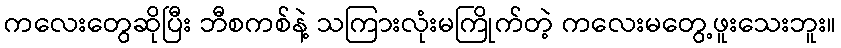
ကလေးတွေဆိုပြီး ဘီစကစ်နဲ့ သကြားလုံးမကြိုက်တဲ့ ကလေးမတွေ့ဖူးသေးဘူး။